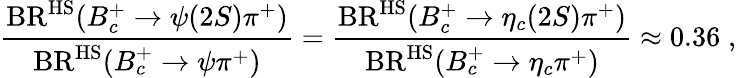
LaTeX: \frac{\mathrm{BR}^{\mathrm{HS}}(B_{c}^{+}\to\psi(2S)\pi^{+})}{\mathrm{BR}^{\mathrm{HS}}(B_{c}^{+}\to\psi\pi^{+})}=\frac{\mathrm{BR}^{\mathrm{HS}}(B_{c}^{+}\to\eta_{c}(2S)\pi^{+})}{\mathrm{BR}^{\mathrm{HS}}(B_{c}^{+}\to\eta_{c}\pi^{+})}\approx 0.36\; ,